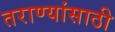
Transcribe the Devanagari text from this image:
तराण्यांसाठी